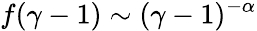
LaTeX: f(\gamma-1)\sim(\gamma-1)^{-\alpha}